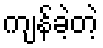
ကျန်ခဲ့တဲ့